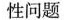
性问题